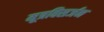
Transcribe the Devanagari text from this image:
मूत्रविसर्जन